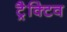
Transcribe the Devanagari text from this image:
ट्रैक्टिव